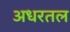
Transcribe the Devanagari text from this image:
अधरतल